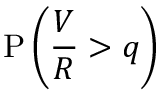
\mathrm { P } \left( { \frac { V } { R } } > q \right)